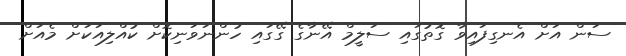
ސަން އަށް އެނގިފައިވާ ގޮތުގައި ސަލީމް އޭނާގެ ގޭގައި ހުންނަވަނިކޮށް ކުއްލިއަކަށް މެއަށް